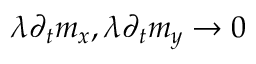
\lambda \partial _ { t } m _ { x } , \lambda \partial _ { t } m _ { y } \to 0